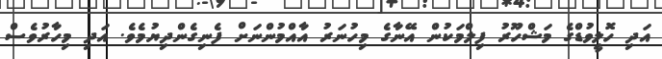
އަދި ހޮލީވުޑްގެ މަޝްހޫރު ފިލްމަކުން އޭނާގެ މިހުނަރު އާއްމުންނަށް ފެނިގެންދިޔުމެވެ. އަދި މިހާރުވެސް